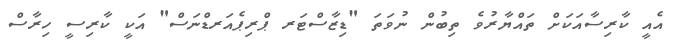
އެއީ ކާރިސާއަކަށް ތައްޔާރުވެ ތިބުން ނުވަތަ "ޑިޒާސްޓަރ ޕްރިޕެއަރޑްނަސް" އަކީ ކާރިސީ ހިރާސް